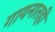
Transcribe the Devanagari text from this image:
गायनातही